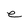
Character: e